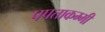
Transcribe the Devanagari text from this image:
पपताकम्मी